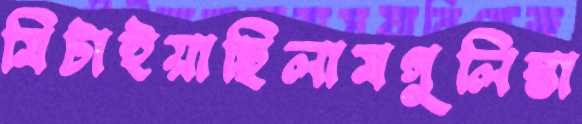
মিটাইয়াছিলামগুলিস্তা